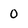
Character: 0